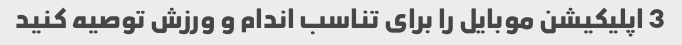
3 اپلیکیشن موبایل را برای تناسب اندام و ورزش توصیه کنید